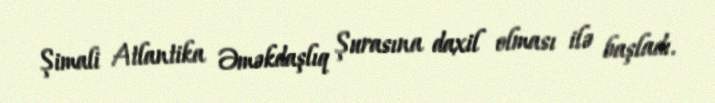
Şimali Atlantika Əməkdaşlıq Şurasına daxil olması ilə başladı.